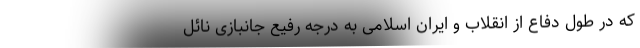
که در طول دفاع از انقلاب و ایران اسلامی به درجه رفیع جانبازی نائل